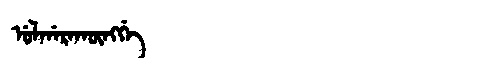
Manchu: ᡠᠯᡤᠠᡵᠠᡴᡡᠩᡤᡝ
Romanization: ULGARAKŪNGGE